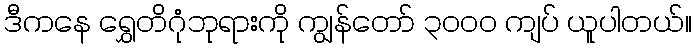
ဒီကနေ ရွှေတိဂုံဘုရားကို ကျွန်တော် ၃၀၀၀ ကျပ် ယူပါတယ်။